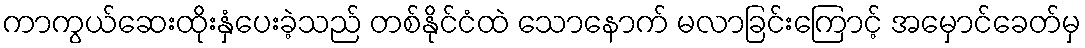
ကာကွယ်ဆေးထိုးနှံပေးခဲ့သည် တစ်နိုင်ငံထဲ သောနောက် မလာခြင်းကြောင့် အမှောင်ခေတ်မှ